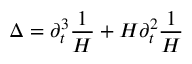
\Delta = \partial _ { t } ^ { 3 } \frac { 1 } { H } + H \partial _ { t } ^ { 2 } \frac { 1 } { H }